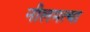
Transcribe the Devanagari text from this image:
नीलमत्था